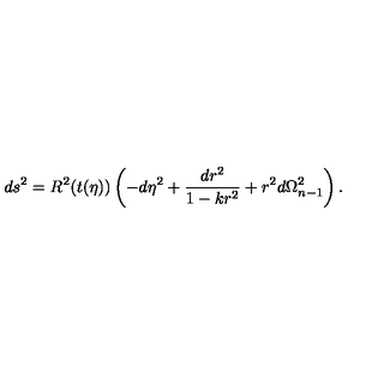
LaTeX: d s ^ { 2 } = R ^ { 2 } ( t ( \eta ) ) \left( - d \eta ^ { 2 } + { \frac { d r ^ { 2 } } { 1 - k r ^ { 2 } } } + r ^ { 2 } d \Omega _ { n - 1 } ^ { 2 } \right) .